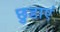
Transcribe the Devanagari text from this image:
छुडाएं